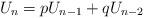
LaTeX: \begin{align*}U_n = p U_{n-1} + q U_{n-2}\end{align*}